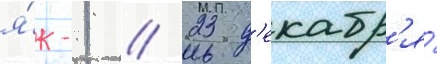
я́к-1 // 23 д'екабр'я́